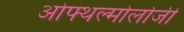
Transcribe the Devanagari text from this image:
ओफ्थल्मोलोजी